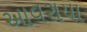
આવરાયા